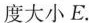
度大小E.